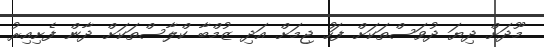
މޫދަށް ދިޔަ ދުވަސްތަކަށް ފަހު ޖިމަށް އަދި ޒުމްބާ ކްލާސްތަކަށް ދާން ފެށިއިރު